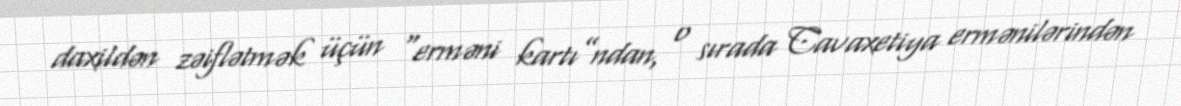
daxildən zəiflətmək üçün “erməni kartı”ndan, o sırada Cavaxetiya ermənilərindən